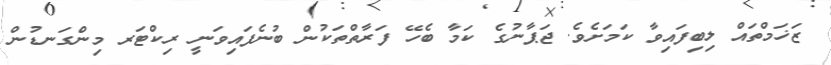
ޒަޚަމްތައް ލިބިފައިވާ ކަމަށެވެ. ޖަޕާނުގެ ކަމާ ބެހޭ ފަރާތްތަކުން ބުނެފައިވަނީ ރިކްޓަރ މިންގަނޑުން